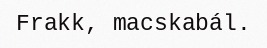
Frakk, macskabál.